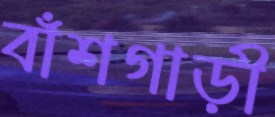
বাঁশগাড়ী